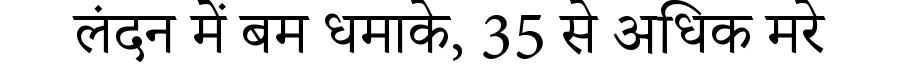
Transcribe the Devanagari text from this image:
लंदन में बम धमाके, 35 से अधिक मरे